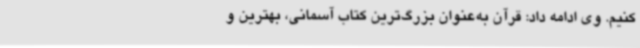
کنیم. وی ادامه داد: قرآن به‌عنوان بزرگ‌ترین کتاب آسمانی، بهترین و